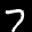
Label: 7